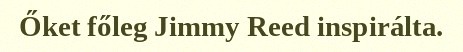
Őket főleg Jimmy Reed inspirálta.